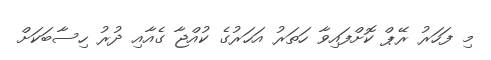
މި ފަހަރު ރޭޕް ކޮށްފައިވާ ހަތަރު އަހަރުގެ ކުއްޖާ ގެއާއި ދުރު ހިސާބަކަށް